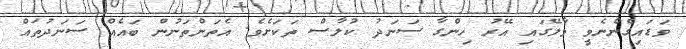
ވަޑައިގެންނެވީ މާލޭގައި އޭރު ހިންގާ ސަނަދު ކުލާސް ތަކަށެވެ. އެތަންތަނުން ބައެއް ސަނަދުތައް